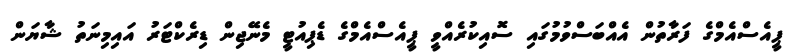
ޕީއެސްއެމްގެ ފަރާތުން އެއްބަސްވުމުގައި ސޮއިކުރެއްވީ ޕީއެސްއެމްގެ ޑެޕިއުޓީ މެނޭޖިން ޑިރެކްޓަރު އައިމިނަތު ޝާޔަން